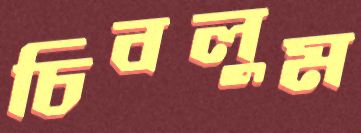
চিবলুম